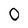
Character: 0